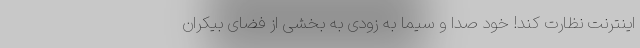
اینترنت نظارت کند! خود صدا و سیما به زودی به بخشی از فضای بیکران